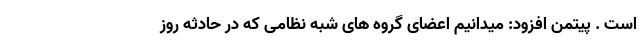
است . پیتمن افزود: میدانیم اعضای گروه های شبه نظامی که در حادثه روز